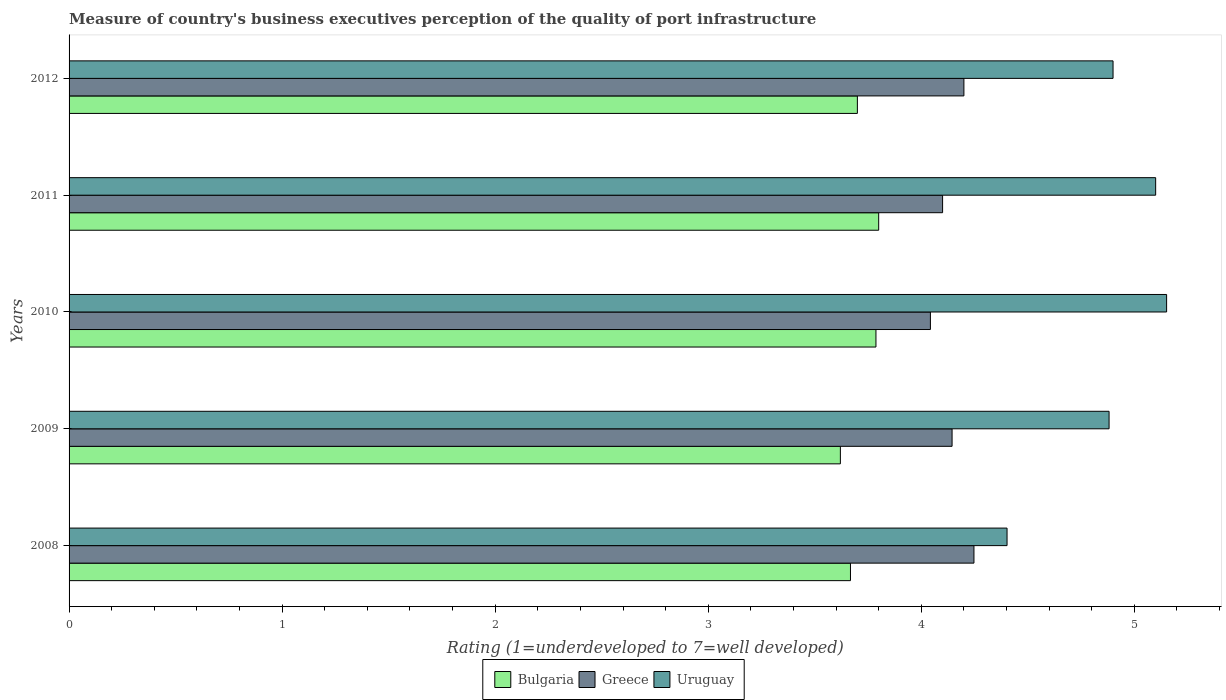
| Years | Bulgaria | Greece | Uruguay |
 | --- | --- | --- | --- |
 | 2008 | 3.67 | 4.25 | 4.4 |
 | 2009 | 3.62 | 4.14 | 4.88 |
 | 2010 | 3.79 | 4.04 | 5.15 |
 | 2011 | 3.8 | 4.1 | 5.1 |
 | 2012 | 3.7 | 4.2 | 4.9 |